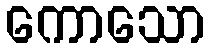
ကောသော